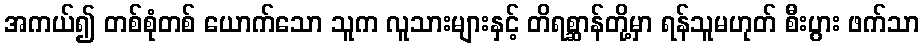
အကယ်၍ တစ်စုံတစ် ယောက်သော သူက လူသားများနှင့် တိရစ္ဆာန်တို့မှာ ရန်သူမဟုတ် စီးပွား ဖက်သာ